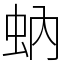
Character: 蚋